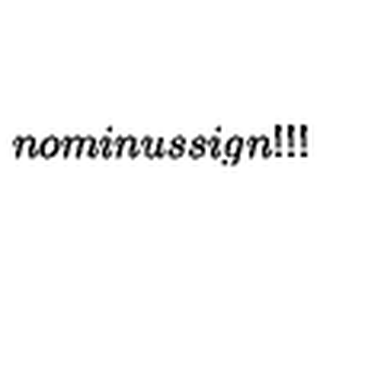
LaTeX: n o m i n u s s i g n ! ! !